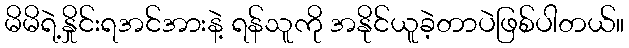
မိမိရဲ့နှိုင်းရအင်အားနဲ့ ရန်သူကို အနိုင်ယူခဲ့တာပဲဖြစ်ပါတယ်။